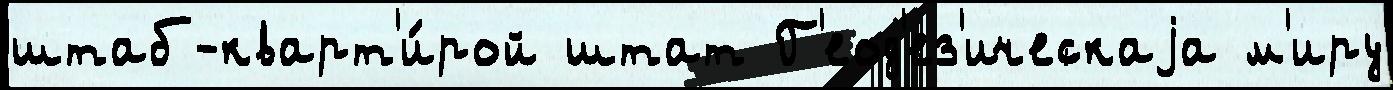
штаб-кварт'и́рой штат Г'еод'ез'ическаjа м'иру